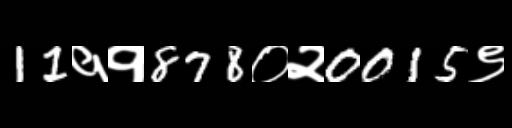
Text: 11११878०२0015९